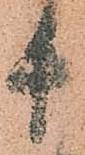
十